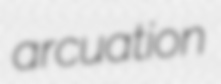
arcuation